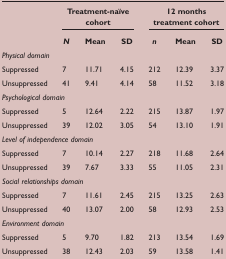
<table><thead><tr><td></td><td colspan="3"><b>Treatment-naïve cohort</b></td><td colspan="3"><b>12 months treatment cohort</b></td></tr><tr><td></td><td><b><i>N</i></b></td><td><b>Mean</b></td><td><b>SD</b></td><td><b><i>n</i></b></td><td><b>Mean</b></td><td><b>SD</b></td></tr></thead><tbody><tr><td><i>Physical domain</i></td><td></td><td></td><td></td><td></td><td></td><td></td></tr><tr><td>Suppressed</td><td>7</td><td>11.71</td><td>4.15</td><td>212</td><td>12.39</td><td>3.37</td></tr><tr><td>Unsuppressed</td><td>41</td><td>9.41</td><td>4.14</td><td>58</td><td>11.52</td><td>3.18</td></tr><tr><td><i>Psychological domain</i></td><td></td><td></td><td></td><td></td><td></td><td></td></tr><tr><td>Suppressed</td><td>5</td><td>12.64</td><td>2.22</td><td>215</td><td>13.87</td><td>1.97</td></tr><tr><td>Unsuppressed</td><td>39</td><td>12.02</td><td>3.05</td><td>54</td><td>13.10</td><td>1.91</td></tr><tr><td><i>Level of independence domain</i></td><td></td><td></td><td></td><td></td><td></td><td></td></tr><tr><td>Suppressed</td><td>7</td><td>10.14</td><td>2.27</td><td>218</td><td>11.68</td><td>2.64</td></tr><tr><td>Unsuppressed</td><td>39</td><td>7.67</td><td>3.33</td><td>55</td><td>11.05</td><td>2.31</td></tr><tr><td><i>Social relationships domain</i></td><td></td><td></td><td></td><td></td><td></td><td></td></tr><tr><td>Suppressed</td><td>7</td><td>11.61</td><td>2.45</td><td>215</td><td>13.25</td><td>2.63</td></tr><tr><td>Unsuppressed</td><td>40</td><td>13.07</td><td>2.00</td><td>58</td><td>12.93</td><td>2.53</td></tr><tr><td><i>Environment domain</i></td><td></td><td></td><td></td><td></td><td></td><td></td></tr><tr><td>Suppressed</td><td>5</td><td>9.70</td><td>1.82</td><td>213</td><td>13.54</td><td>1.69</td></tr><tr><td>Unsuppressed</td><td>38</td><td>12.43</td><td>2.03</td><td>59</td><td>13.58</td><td>1.41</td></tr></tbody></table>